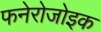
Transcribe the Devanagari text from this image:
फनेरोजोइक